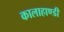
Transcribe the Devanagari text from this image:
कालाहाण्डी